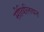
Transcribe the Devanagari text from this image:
सीविलियन